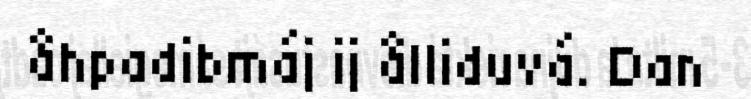
åhpadibmáj ij ålliduvá. Dan